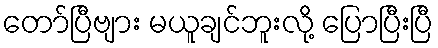
တော်ပြီဗျား မယူချင်ဘူးလို့ ပြောပြီးပြီ